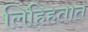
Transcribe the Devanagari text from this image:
लिहिहतात